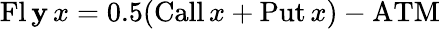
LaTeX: \operatorname{Fl\mathbf{y}}x=0.5(\operatorname{Call}x+\operatorname{Put}x)-\mathrm{{ATM}}